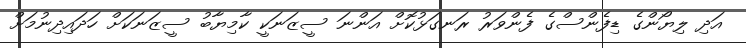
އަދި ލިޔޯންގެ ޑިފެންސްގެ ފެންވަރު ރަނގަޅުކޮށް އަންނަ ސީޒަނަކީ ކާމިޔާބު ސީޒަނަކަށް ހަދައިދިނުމަށް